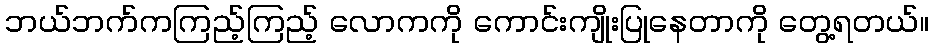
ဘယ်ဘက်ကကြည့်ကြည့် လောကကို ကောင်းကျိုးပြုနေတာကို တွေ့ရတယ်။